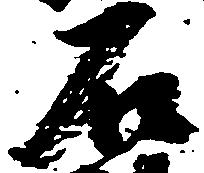
石